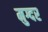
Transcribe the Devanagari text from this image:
मुग्दर